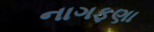
નાગફણા